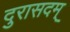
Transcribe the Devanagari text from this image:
दुरासदम्